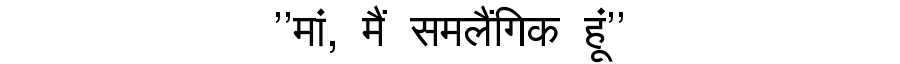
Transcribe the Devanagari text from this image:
''मां, मैं समलैंगिक हूं''